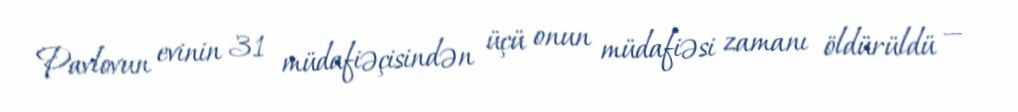
Pavlovun evinin 31 müdafiəçisindən üçü onun müdafiəsi zamanı öldürüldü —